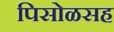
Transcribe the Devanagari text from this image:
पिसोळसह